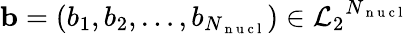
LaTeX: \mathbf{b}=(b_{1},b_{2},\dots,b_{N_{\mathrm{~n~u~c~l~}}})\in{\mathcal{L}_{2}}^{N_{\mathrm{~n~u~c~l~}}}